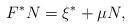
LaTeX: \begin{align*} F^{\ast}N=\xi^{\ast}+\mu N,\end{align*}